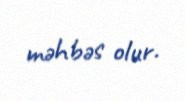
məhbəs olur.